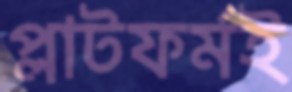
প্লাটফর্মই